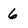
Character: 6